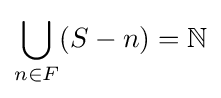
\bigcup _{n\in F}(S-n)=\mathbb {N}